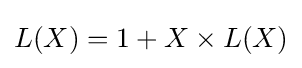
L(X)=1+X\times L(X)